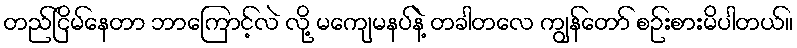
တည်ငြိမ်နေတာ ဘာကြောင့်လဲ လို့ မကျေမနပ်နဲ့ တခါတလေ ကျွန်တော် စဉ်းစားမိပါတယ်။